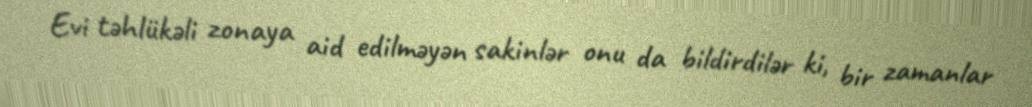
Evi təhlükəli zonaya aid edilməyən sakinlər onu da bildirdilər ki, bir zamanlar